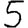
Digit: 5